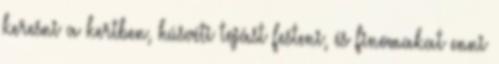
keresni a kertben, húsvéti tojást festeni, és finomakat enni